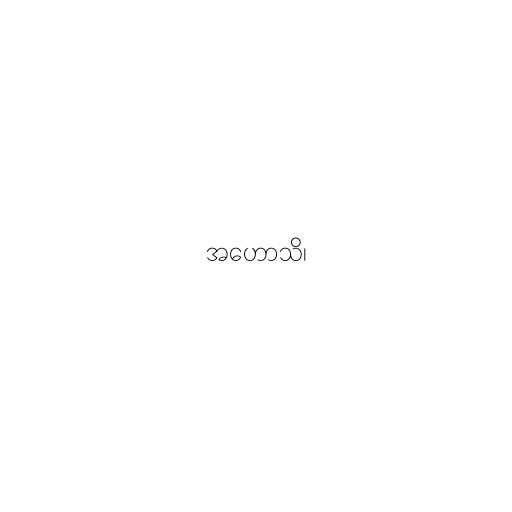
အဟောသိ၊